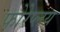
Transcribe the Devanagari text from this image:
फोरेप्लय